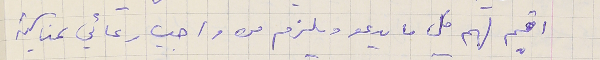
اقيم لهم كل ما يدعو ويلزم من واجب رعائي بمناسبة